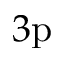
3 \mathrm { p }